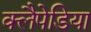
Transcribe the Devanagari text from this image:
क्लैपेडिया